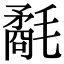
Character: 氄